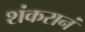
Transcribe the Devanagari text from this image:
शंकरानं